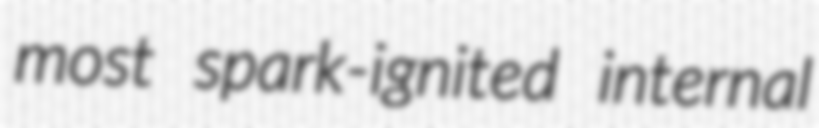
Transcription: most spark-ignited internal